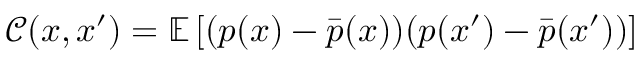
\mathcal { C } ( \boldsymbol { x } , \boldsymbol { x } ^ { \prime } ) = \mathbb { E } \left[ ( p ( \boldsymbol { x } ) - \bar { p } ( \boldsymbol { x } ) ) ( p ( \boldsymbol { x } ^ { \prime } ) - \bar { p } ( \boldsymbol { x } ^ { \prime } ) ) \right]